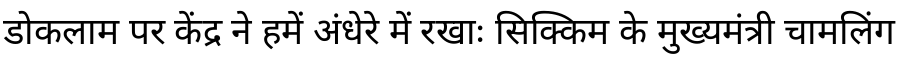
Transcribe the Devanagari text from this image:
डोकलाम पर केंद्र ने हमें अंधेरे में रखाः सिक्किम के मुख्यमंत्री चामलिंग